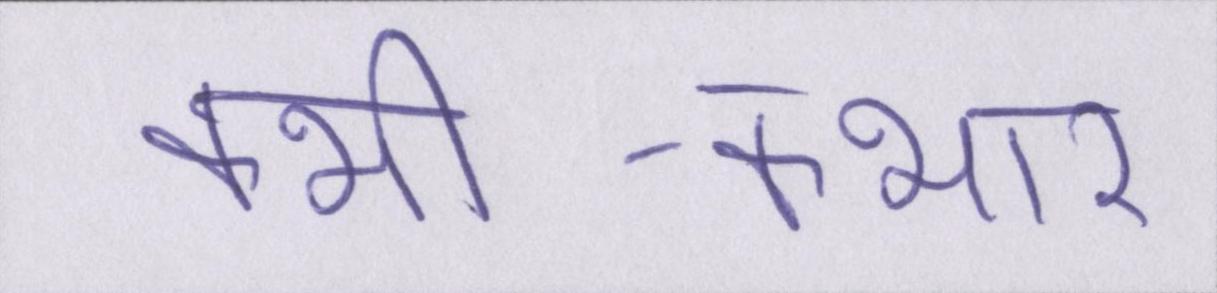
कभी-कभार